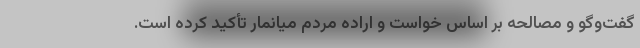
گفت‌وگو و مصالحه بر اساس خواست و اراده مردم میانمار تأکید کرده است.